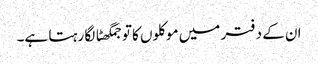
ان کے دفتر میں موکلوں کا تو جمگھٹا لگا رہتا ہے۔